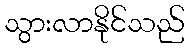
သွားလာနိုင်သည်